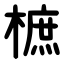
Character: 樜